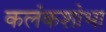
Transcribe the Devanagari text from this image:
कलंकशोभा